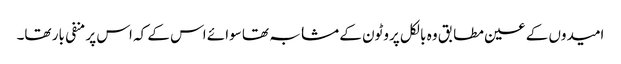
امیدوں کے عین مطابق وہ بالکل پروٹون کے مشابہ تھا سوائے اس کے کہ اس پر منفی بار تھا۔